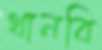
থানবি